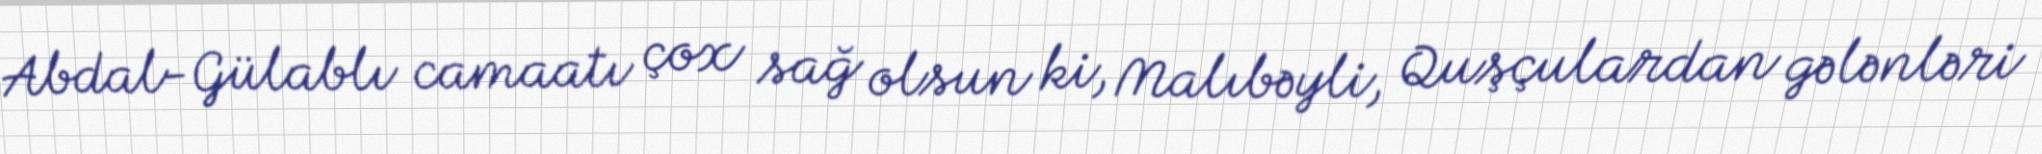
Abdal-Gülablı camaatı çox sağ olsun ki, Malıbəyli, Quşçulardan gələnləri